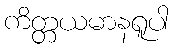
ကိတ္တယမာနရူပါ